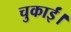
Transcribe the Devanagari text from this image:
चुकाईं।